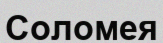
Соломея